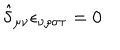
\hat { \delta } _ { \mu \nu } \epsilon _ { \nu \rho \sigma \tau } = 0